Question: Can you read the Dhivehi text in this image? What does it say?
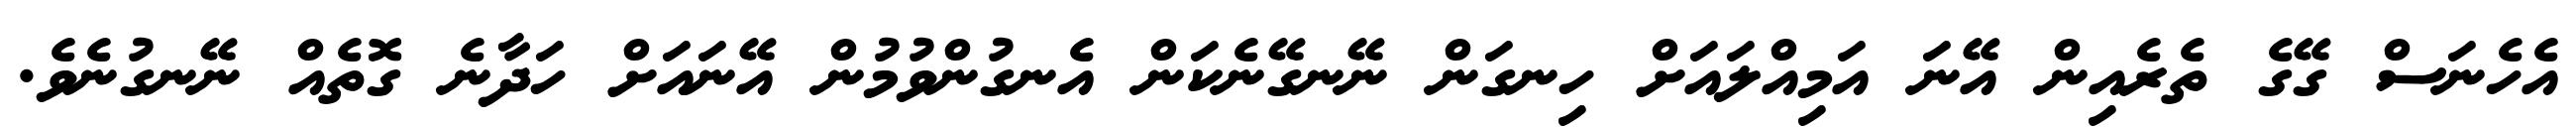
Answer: އެހެނަސް ގޭގެ ތެރެއިން އޭނަ އަމިއްލައަށް ހިނގަން ނޭނގޭނެކަން އެނގުންވުމުން އޭނައަށް ހަދާނެ ގޮތެއް ނޭނގުނެވެ.